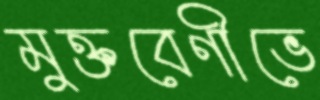
মুক্তবেণীভে